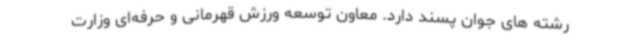
رشته های جوان پسند دارد. معاون توسعه ورزش قهرمانی و حرفه‌ای وزارت